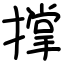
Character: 撑